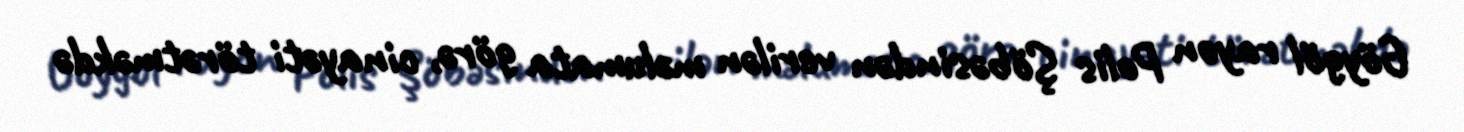
Göygöl rayon Polis Şöbəsindən verilən məlumata görə, cinayəti törətməkdə